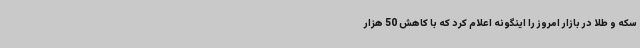
سکه و طلا در بازار امروز را اینگونه اعلام کرد که با کاهش 50 هزار